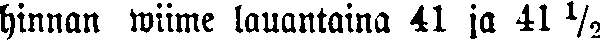
hinnan wiime lauantaina 41 ja 41 ½